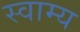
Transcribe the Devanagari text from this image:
स्वाम्य